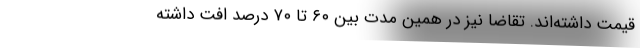
قیمت داشته‌اند. تقاضا نیز در همین مدت بین ۶۰ تا ۷۰ درصد افت داشته